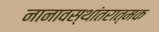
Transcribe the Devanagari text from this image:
नानावस्थांतरात्मक